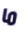
ما